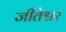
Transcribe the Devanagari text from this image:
जीतेश्वर